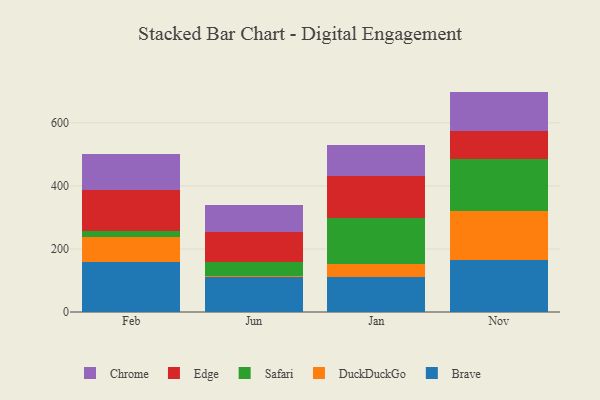
{"axis": {"x": "Month", "y": "Backlog"}, "legend": ["Brave", "Chrome", "DuckDuckGo", "Edge", "Safari"], "data": [{"x": "Feb", "y": 159.5, "type": "Brave"}, {"x": "Feb", "y": 76.9, "type": "DuckDuckGo"}, {"x": "Feb", "y": 22.0, "type": "Safari"}, {"x": "Feb", "y": 128.5, "type": "Edge"}, {"x": "Feb", "y": 114.3, "type": "Chrome"}, {"x": "Jun", "y": 109.5, "type": "Brave"}, {"x": "Jun", "y": 6.1, "type": "DuckDuckGo"}, {"x": "Jun", "y": 44.5, "type": "Safari"}, {"x": "Jun", "y": 95.2, "type": "Edge"}, {"x": "Jun", "y": 82.6, "type": "Chrome"}, {"x": "Jan", "y": 110.5, "type": "Brave"}, {"x": "Jan", "y": 41.1, "type": "DuckDuckGo"}, {"x": "Jan", "y": 145.5, "type": "Safari"}, {"x": "Jan", "y": 133.0, "type": "Edge"}, {"x": "Jan", "y": 98.2, "type": "Chrome"}, {"x": "Nov", "y": 166.3, "type": "Brave"}, {"x": "Nov", "y": 155.6, "type": "DuckDuckGo"}, {"x": "Nov", "y": 164.6, "type": "Safari"}, {"x": "Nov", "y": 88.8, "type": "Edge"}, {"x": "Nov", "y": 123.7, "type": "Chrome"}]}